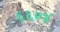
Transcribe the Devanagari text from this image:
६६०४